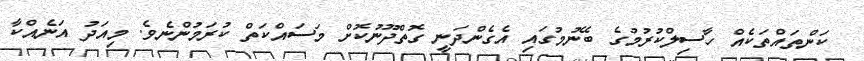
ކަންތައްތަކެއް ހާސިލްކުރުމުގެ ބޭނުމުގައި އެގެންދަނީ ގޮތްދޫނުކޮށް މަސައްކަތް ކުރަމުންނެވެ. މިއަދު އަނެއްކާ